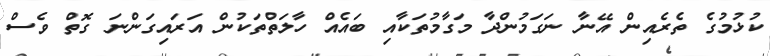
ކުޅުމުގެ ތެރެއިން އޭނާ ނަގަމުންދާ މަގާމުތަކާއި ބައެއް ހާލަތްތަކުން އަރައިގަންނަ ގޮތް ވެސް